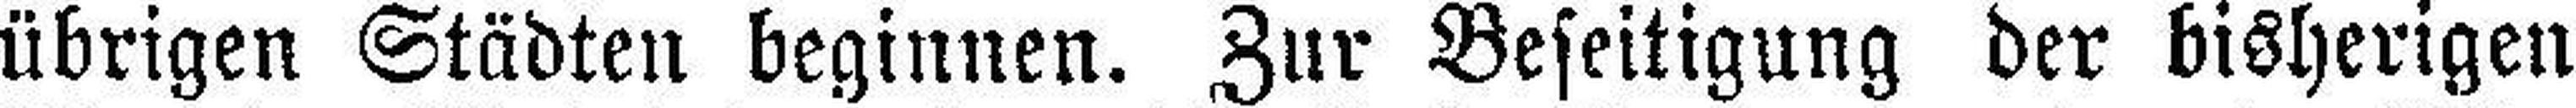
übrigen Städten beginnen. Zur Beseitigung der bisherigen